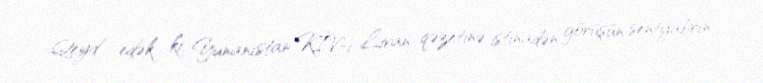
Qeyd edək ki, Yunanıstan KİV-i Livan qəzetinə istinadən görüşün sentyabrın